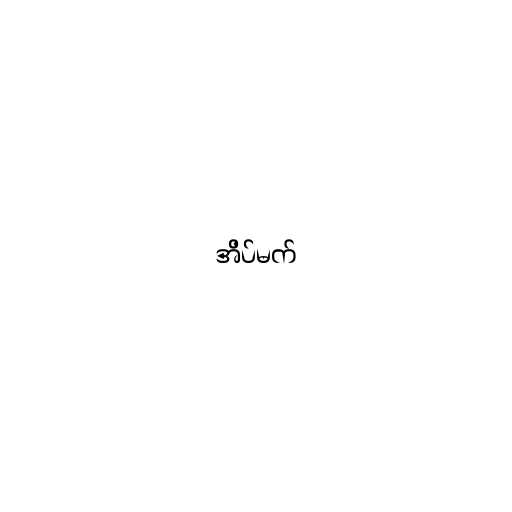
အိပ်မက်